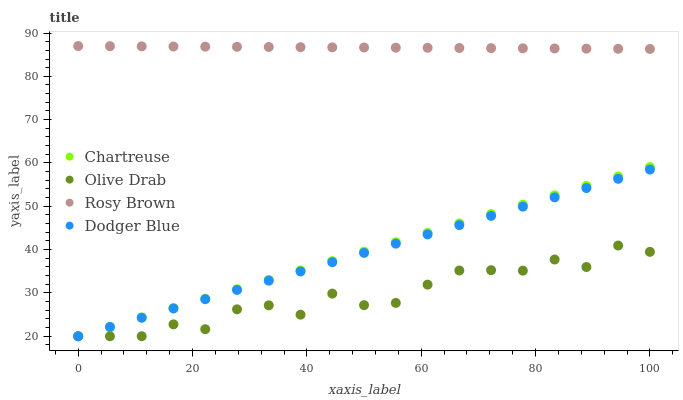
| xaxis_label | Chartreuse | Olive Drab | Rosy Brown | Dodger Blue |
 | --- | --- | --- | --- | --- |
 | 0 | 20 | 20 | 87 | 20 |
 | 5.56 | 22.2 | 20 | 87 | 22.1 |
 | 11.1 | 24.3 | 20 | 86.9 | 24.3 |
 | 16.7 | 26.5 | 22.7 | 86.9 | 26.4 |
 | 22.2 | 28.7 | 21.6 | 86.8 | 28.6 |
 | 27.8 | 30.8 | 26.2 | 86.8 | 30.7 |
 | 33.3 | 33 | 27.1 | 86.8 | 32.8 |
 | 38.9 | 35.2 | 25 | 86.7 | 35 |
 | 44.4 | 37.4 | 29.8 | 86.7 | 37.1 |
 | 50 | 39.5 | 27.2 | 86.7 | 39.2 |
 | 55.6 | 41.7 | 27.7 | 86.6 | 41.4 |
 | 61.1 | 43.9 | 31.9 | 86.6 | 43.5 |
 | 66.7 | 46 | 35.2 | 86.5 | 45.7 |
 | 72.2 | 48.2 | 35.3 | 86.5 | 47.8 |
 | 77.8 | 50.4 | 35.1 | 86.5 | 49.9 |
 | 83.3 | 52.5 | 37.7 | 86.4 | 52.1 |
 | 88.9 | 54.7 | 36 | 86.4 | 54.2 |
 | 94.4 | 56.9 | 40.9 | 86.4 | 56.3 |
 | 100 | 59 | 39.5 | 86.3 | 58.5 |